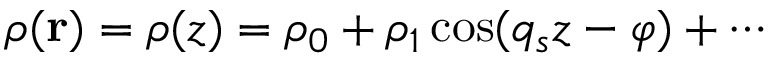
\rho ( \mathbf { r } ) = \rho ( z ) = \rho _ { 0 } + \rho _ { 1 } \cos ( q _ { s } z - \varphi ) + \cdots